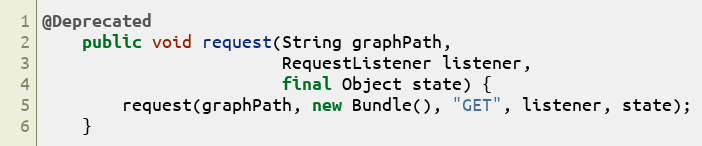
Language: Java
@Deprecated
    public void request(String graphPath,
                        RequestListener listener,
                        final Object state) {
        request(graphPath, new Bundle(), "GET", listener, state);
    }